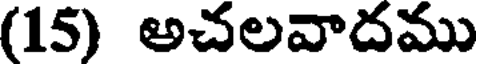
(15) అచలవాదము